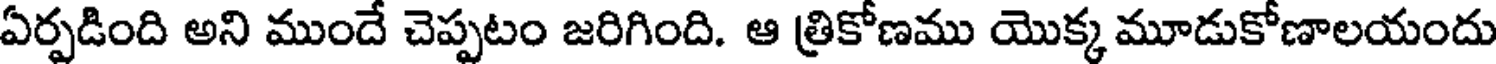
ఏర్పడింది అని ముందే చెప్పటం జరిగింది. ఆ త్రికోణము యొక్క మూడుకోణాలయందు